Annual report on the Civil Veterinary Department, Burma (including the Insein Veterinary School) - 1923-1931
Year: 1923
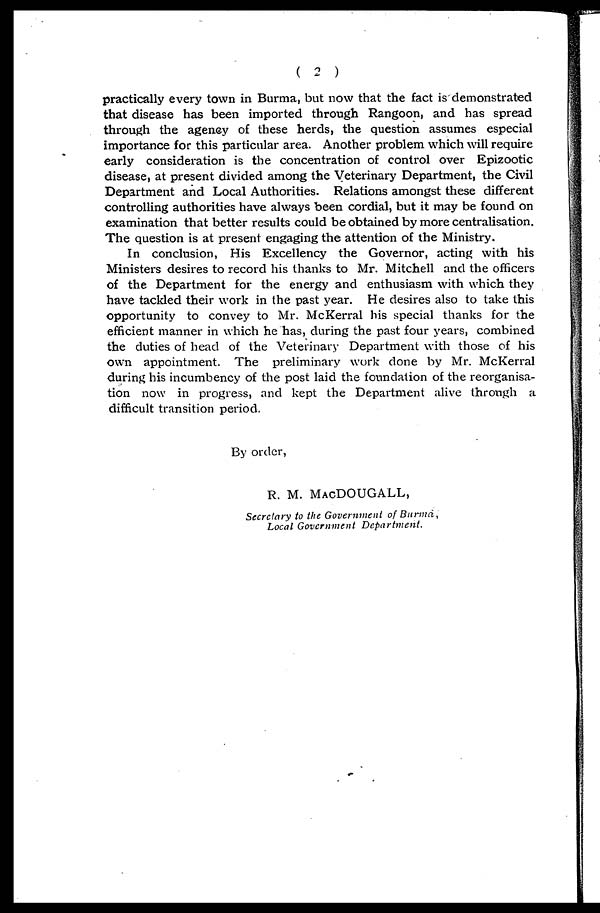
( 2 )
practically every town in Burma, but now that the fact is demonstrated
that disease has been imported through Rangoon, and has spread
through the agency of these herds, the question assumes especial
importance for this particular area. Another problem which will require
early consideration is the concentration of control over Epizootic
disease, at present divided among the Veterinary Department, the Civil
Department and Local Authorities. Relations amongst these different
controlling authorities have always been cordial, but it may be found on
examination that better results could be obtained by more centralisation.
The question is at present engaging the attention of the Ministry.
In conclusion, His Excellency the Governor, acting with his
Ministers desires to record his thanks to Mr. Mitchell and the officers
of the Department for the energy and enthusiasm with which they
have tackled their work in the past year. He desires also to take this
opportunity to convey to Mr. McKerral his special thanks for the
efficient manner in which he has, during the past four years, combined
the duties of head of the Veterinary Department with those of his
own appointment. The preliminary work done by Mr. McKerral
during his incumbency of the post laid the foundation of the reorganisa-
tion now in progress, and kept the Department alive through a
difficult transition period.
By order,
R. M. MACDOUGALL,
Secretary to the Government of Burma,
Local Government
Department.